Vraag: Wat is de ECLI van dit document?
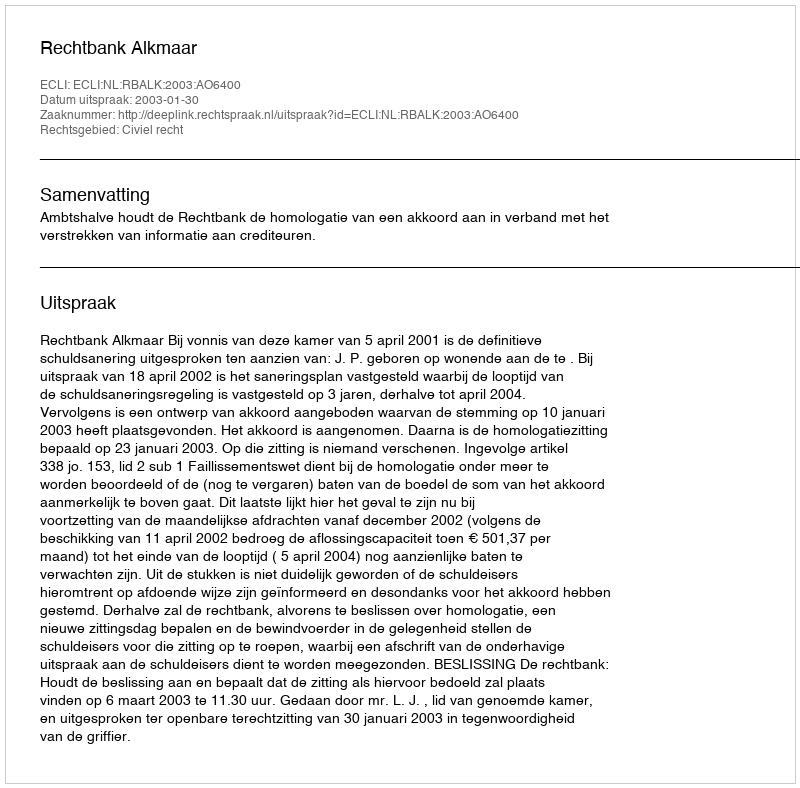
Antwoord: ECLI:NL:RBALK:2003:AO6400